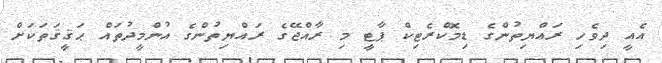
އެއީ ދިވެހި ރައްޔިތުންގެ ޑިމޮކްރެޓިކް ޕާޓީ މި ރާއްޖޭގެ ރައްޔިތުންގެ އުންމީދުތައް ޙަޤީޤަތަކަށް